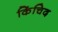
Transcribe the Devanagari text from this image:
किंचिद